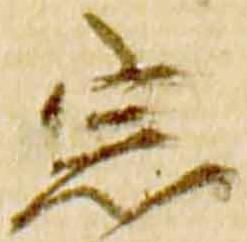
宗